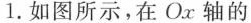
1.如图所示，在Ox轴的